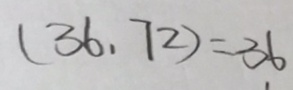
( 3 6 . 7 2 ) = 3 6